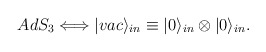
\begin{align*}AdS_3 \Longleftrightarrow |vac\rangle_{in}\equiv |0\rangle_{in}\otimes|0\rangle_{in}.\end{align*}